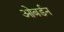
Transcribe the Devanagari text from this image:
ओबर्डन